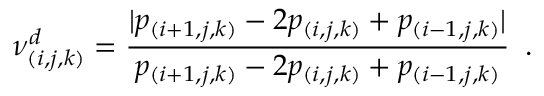
\nu _ { ( i , j , k ) } ^ { d } = \frac { | p _ { ( i + 1 , j , k ) } - 2 p _ { ( i , j , k ) } + p _ { ( i - 1 , j , k ) } | } { p _ { ( i + 1 , j , k ) } - 2 p _ { ( i , j , k ) } + p _ { ( i - 1 , j , k ) } } \, \mathrm { ~ . ~ }